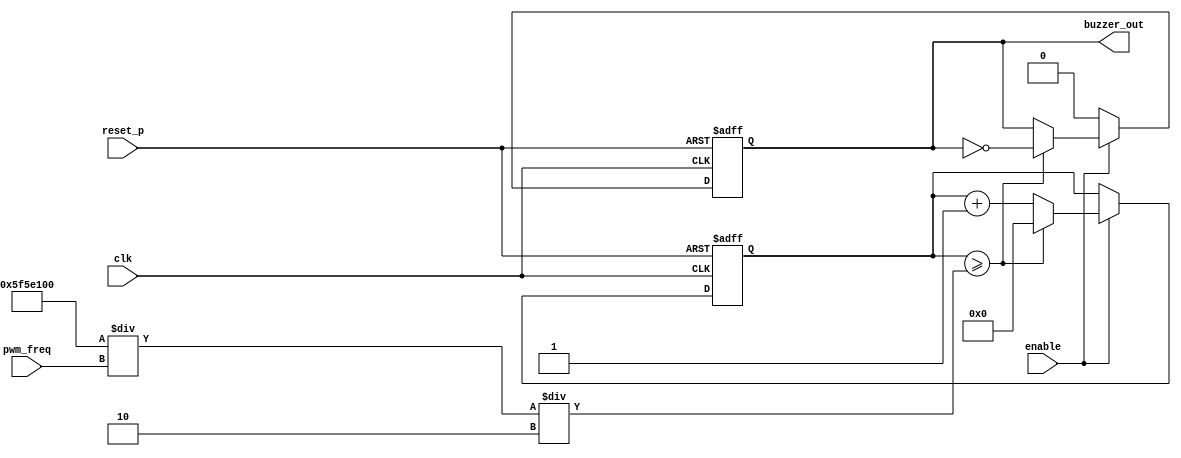
`timescale 1ns / 1ps
//////////////////////////////////////////////////////////////////////////////////
// Company: 
// Engineer: 
// 
// Design Name: 
// Module Name: buzzer
// Project Name: 
// Target Devices: 
// Tool Versions: 
// Description: 
// 
// Dependencies: 
// 
// Revision:
// Revision 0.01 - File Created
// Additional Comments:
// 
//////////////////////////////////////////////////////////////////////////////////


module buzzer 
        #(parameter sys_clk_freq = 100_000_000)
    (
        input wire clk, reset_p,
        input wire [12:0] pwm_freq,
        input wire enable,
        output reg buzzer_out    //100.0%
    );

    reg [26:0] r_cnt;

    always @(posedge clk, posedge reset_p) begin
        if (reset_p)  begin
            r_cnt <= 0;
            buzzer_out <= 0; 
        end
        else begin
            if(enable)begin
                if(r_cnt >= (sys_clk_freq/pwm_freq/2)) begin
                    r_cnt <= 0;
                    buzzer_out <= ~buzzer_out;
                end
                else r_cnt <= r_cnt + 1;
            end
            else buzzer_out <= 0;
        end
    end

endmodule